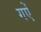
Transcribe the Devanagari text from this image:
गऐं